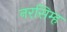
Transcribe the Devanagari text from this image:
नरसिम्ह